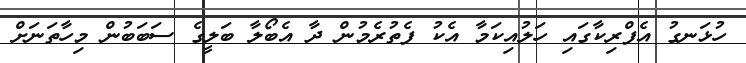
ހުޅަނގު އެފްރިކާގައި ހަލުއިކަމާ އެކު ފެތުރެމުން ދާ އެބޯލާ ބަލީގެ ސަބަބުން މިހާތަނަށް